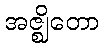
အဇ္ဈိတော